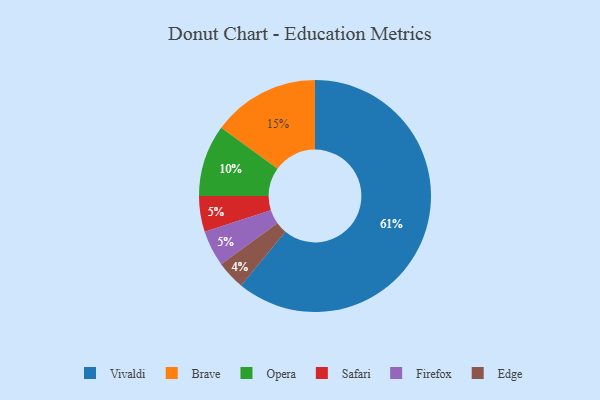
{"axis": {"x": "Category", "y": "Percentage"}, "legend": ["Brave", "Edge", "Firefox", "Opera", "Safari", "Vivaldi"], "data": [{"x": "Safari", "y": 5, "type": "Safari"}, {"x": "Brave", "y": 15, "type": "Brave"}, {"x": "Opera", "y": 10, "type": "Opera"}, {"x": "Firefox", "y": 5, "type": "Firefox"}, {"x": "Vivaldi", "y": 61, "type": "Vivaldi"}, {"x": "Edge", "y": 4, "type": "Edge"}]}